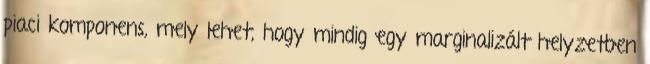
piaci komponens, mely lehet, hogy mindig egy marginalizált helyzetben